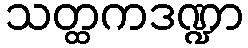
သတ္ထကဒဏ္ဍာ